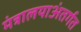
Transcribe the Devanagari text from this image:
मंत्रालयाअंतर्गत